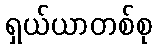
ရှယ်ယာတစ်စု